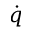
\dot { q }